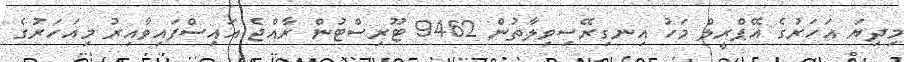
މިދިޔަ އަހަރުގެ އޭޕްރީލް މަހު އިިނގިރޭސިވިލާތުން 9462 ޓޫރިސްޓުން ރާއްޖެ އައިސްފައިވާއިރު މިއަހަރުގެ